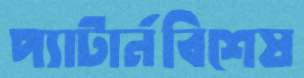
প্যাটার্নবিশেষ